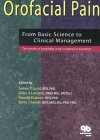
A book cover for Orofacial Pain: From Basic Science to Clinical Management: The Transfer of Knowledge in Pain Research to Education; James P. Lund; Medical Books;